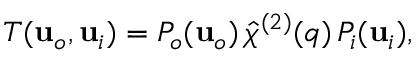
T ( \mathbf { u } _ { o } , \mathbf { u } _ { i } ) = P _ { o } ( \mathbf { u } _ { o } ) \, \hat { \chi } ^ { ( 2 ) } ( \v q ) \, P _ { i } ( \mathbf { u } _ { i } ) ,